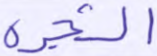
والشجرة